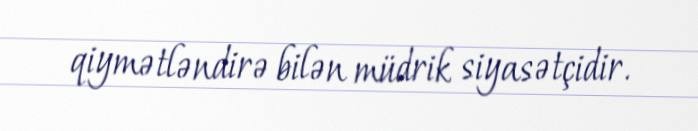
qiymətləndirə bilən müdrik siyasətçidir.